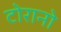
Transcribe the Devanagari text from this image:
टोरानो